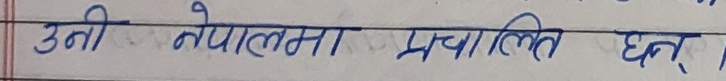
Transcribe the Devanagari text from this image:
उनी नेपालमा संचालित छन्।